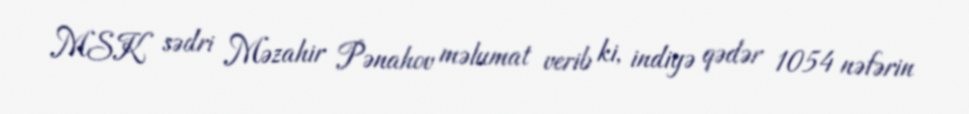
MSK sədri Məzahir Pənahov məlumat verib ki, indiyə qədər 1054 nəfərin